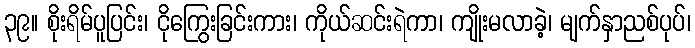
၃၉။ စိုးရိမ်ပူပြင်း၊ ငိုကြွေးခြင်းကား၊ ကိုယ်ဆင်းရဲကာ၊ ကျိုးမလာခဲ့၊ မျက်နှာညစ်ပုပ်၊